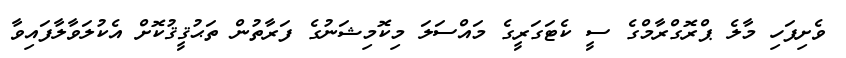
ވެށިފަހި މާލެ ޕްރޮގްރާމްގެ ސީ ކެޓަގަރީގެ މައްސަލަ މިކޮމިޝަނުގެ ފަރާތުން ތަޙުޤީޤުކޮށް އެކުލަވާލާފައިވާ